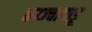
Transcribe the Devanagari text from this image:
काज्चापाडू